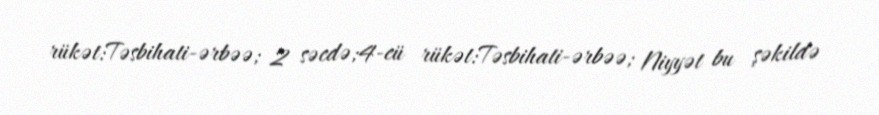
rükət:Təsbihati-ərbəə; 2 səcdə;4-cü rükət:Təsbihati-ərbəə; Niyyət bu şəkildə